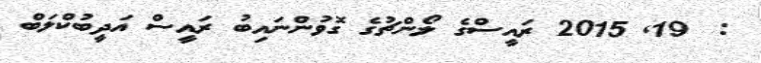
:  19